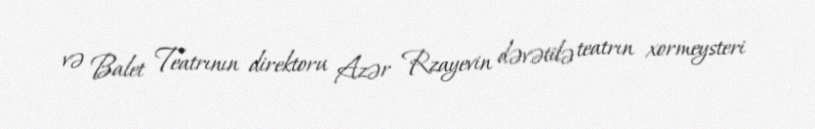
və Balet Teatrının direktoru Azər Rzayevin dəvətilə teatrın xormeysteri